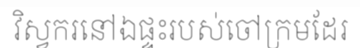
វិស្វករនៅឯផ្ទះរបស់ចៅក្រមដែរ